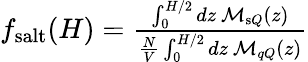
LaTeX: \begin{array}{r}{f_{\mathrm{salt}}({H})=\frac{\int_{0}^{{H}/2}dz\ \mathcal{M}_{\mathrm{s}Q}(z)}{\frac{N}{V}\int_{0}^{{H}/2}dz\ \mathcal{M}_{qQ}(z)}}\end{array}